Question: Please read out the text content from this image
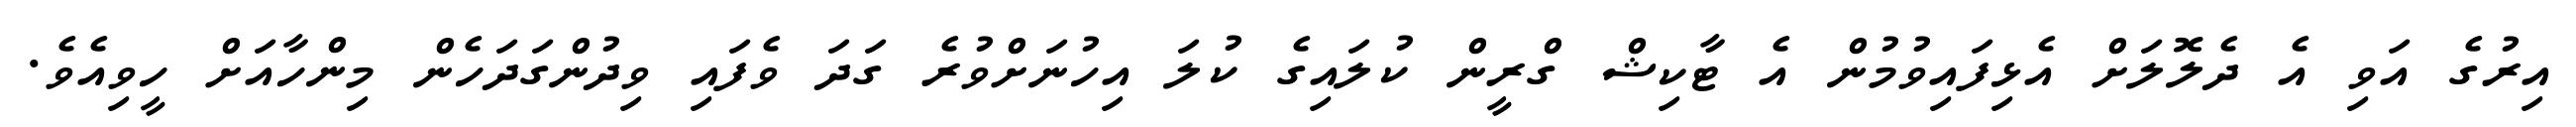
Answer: އިރުގެ އަވި އެ ދެލޮލަށް އެޅިފައިވުމުން އެ ޓާކިޝް ގްރީން ކުލައިގެ ކުލަ އިހުނަށްވުރެ ގަދަ ވެފައި ވިދުންގަދަހެން މިންހާއަށް ހީވިއެވެ.